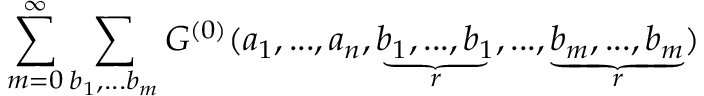
\sum _ { m = 0 } ^ { \infty } \sum _ { b _ { 1 } , . . . b _ { m } } { G } ^ { ( 0 ) } ( a _ { 1 } , . . . , a _ { n } , \underbrace { b _ { 1 } , . . . , b _ { 1 } } _ { r } , . . . , \underbrace { b _ { m } , . . . , b _ { m } } _ { r } )